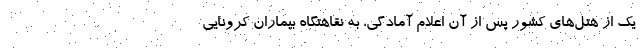
یک از هتل‌های کشور پس از آن اعلام آمادگی، به نقاهتگاه بیماران کرونایی